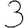
Digit: 3